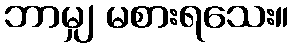
ဘာမျှ မစားရသေး။